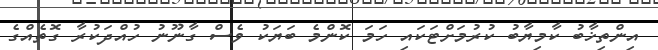
އިންތިޚާބު ކާމިޔާބު ކުރުމަށްޓަކައި ހަމަ ކޮންމެ ބަޔަކު ވެސް ގާނޫނު ހުއްދަކުރާ ގޮތެއްގެ